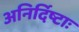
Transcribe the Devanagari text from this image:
अनिर्दिष्टाः